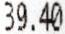
39.40